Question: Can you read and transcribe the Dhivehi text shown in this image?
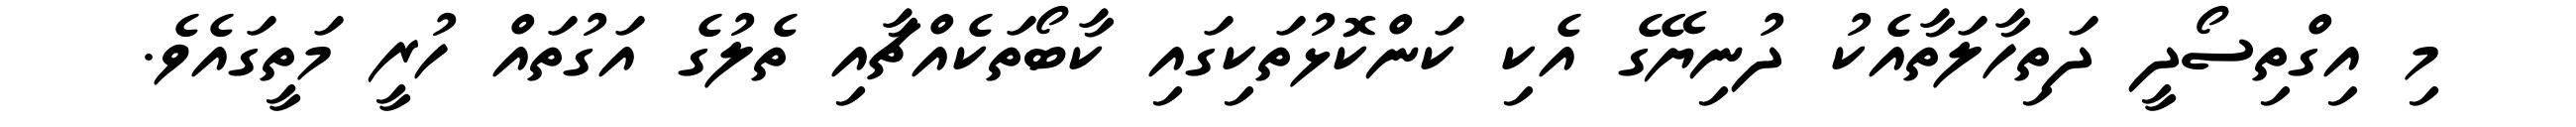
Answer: މި އިގްތިސޯދީ ދަތިހާލަތާއެކު ދުނިޔޭގެ އެކި ކަންކޮޅުތަކިގައި ކާބޯތަކެއްޗާއި ތެލުގެ އަގުތައް ހުރީ މަތީގައެވެ.